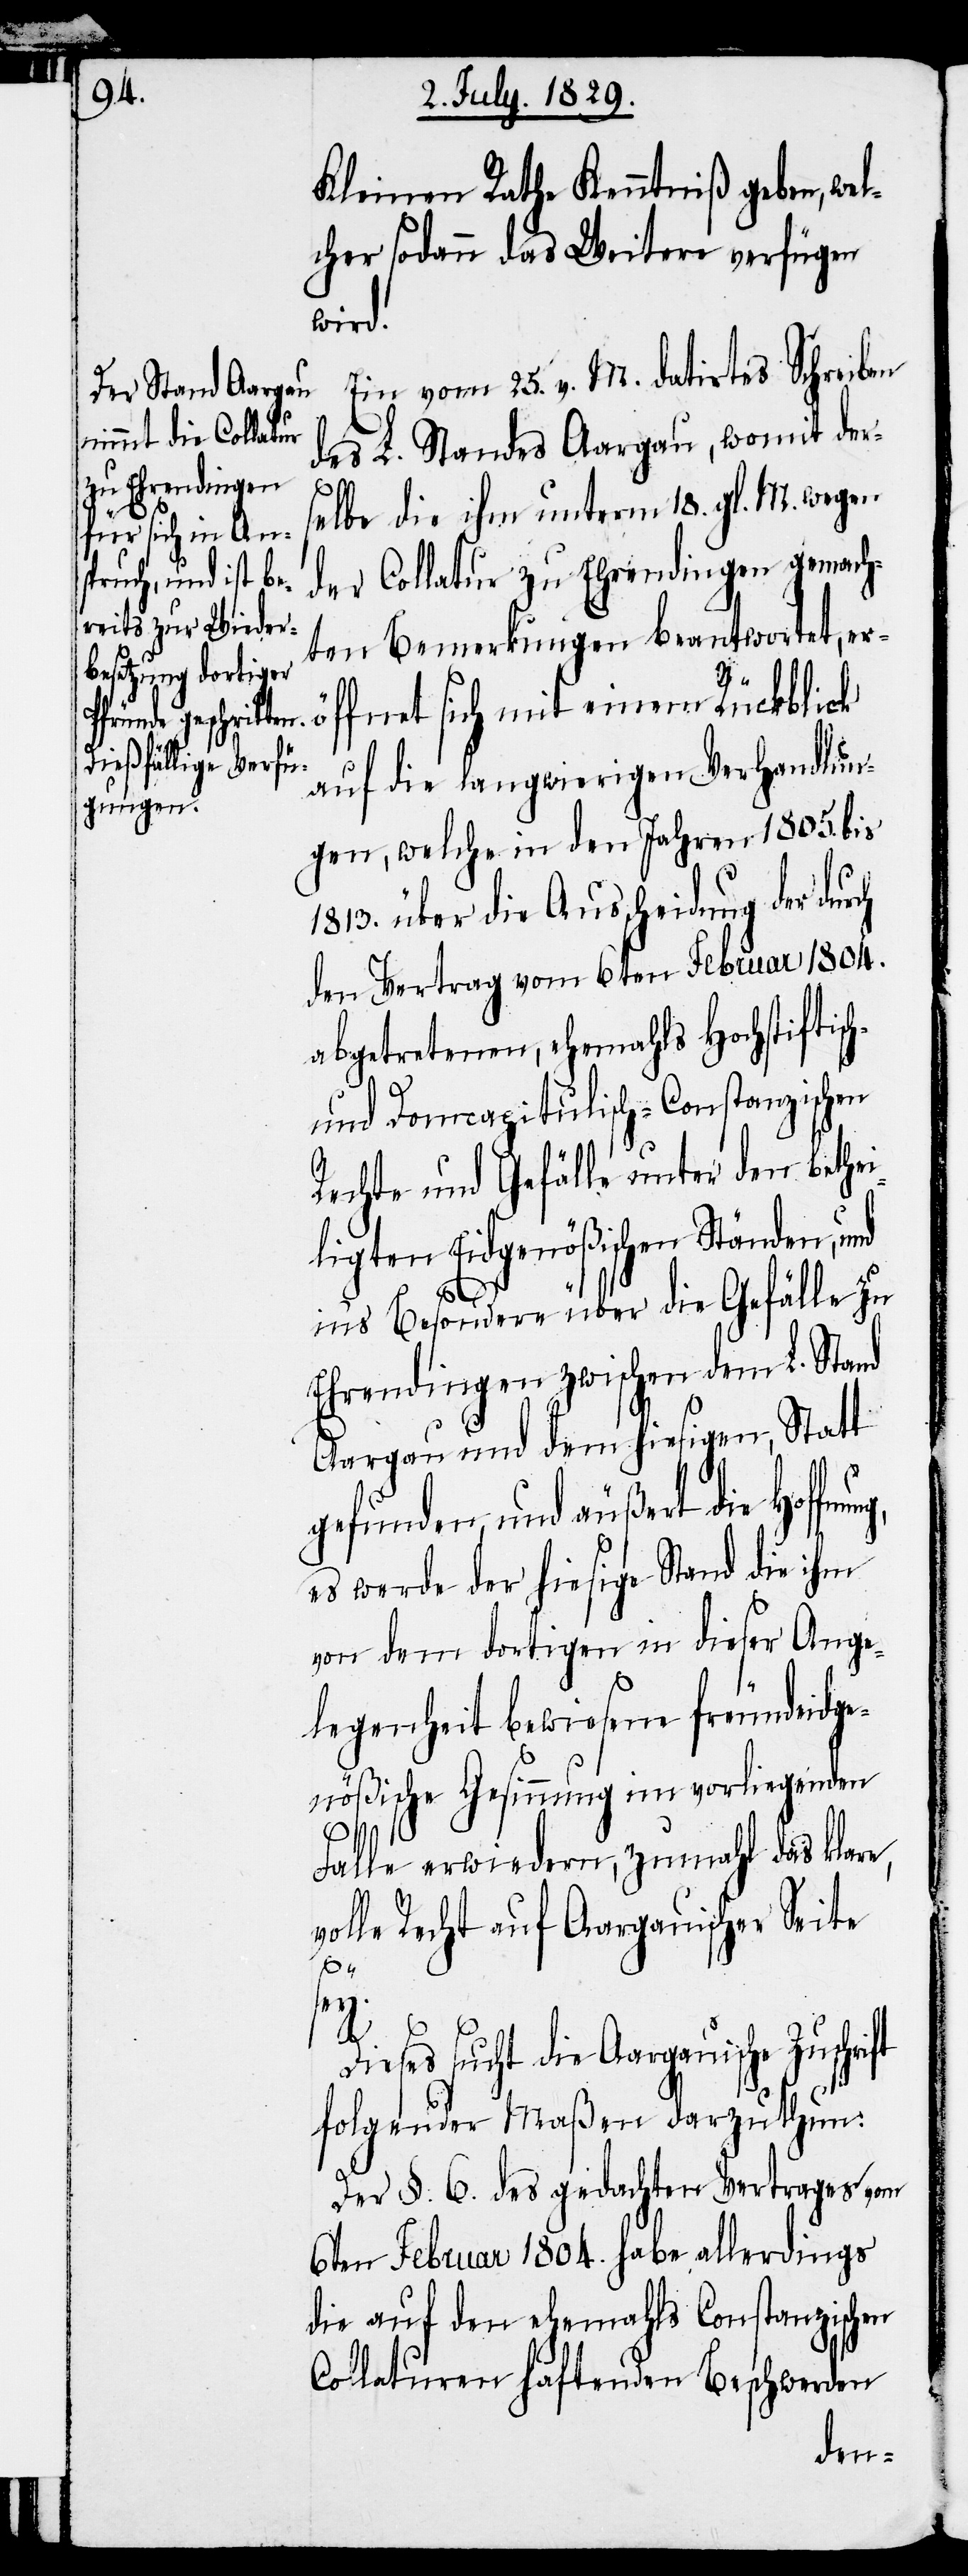
Kleinen Rathe Kenntniß geben, wel¬
cher sodann das Weitere verfügen
wird.
Ein vom 25. v. M. datirtes Schreiben
des L. Standes Aargau, womit der¬
selbe die ihm unterm 18. gl. M. wegen
der Collatur zu Ehrendingen gemach¬
ten Bemerkungen beantwortet, er¬
h-
ffnet sich mit einem Rückblick
auf die langwierigen Verhandlun¬
gen, welche in den Jahren 1805. bis
1813. über die Ausscheidung der dur¬
den Vertrag vom 6ten Februar 1804.
abgetretenen, ehemahls Hochstiftisc¬
und Domcapitulisch-Constanzischen
Rechte und Gefälle unter den bethei¬
ligten Eidgenößischen Ständen, und
Di¬
in’s Besondere über die Gefälle zu
Ehrendingen zwischen dem L. Stand
Aargau und dem hiesigen, Statt
gefunden, und äußert die Hoffn¬
es werde der hiesige Stand die ihm
von dem dortigen in dieser Ange¬
legenheit bewiesene freundeidge¬
nößische Gesinnung im vorliegenden
Falle erwiedern, zumahl das klare,
volle Recht auf Aargauischer Seite
sey.
eses sucht die Aargauische
folgender Maßen darzuthun:
Der §. 6. des gedachten Vertrages vom
6ten Februar 1804. habe allerdings
die auf den ehemahls Constanzischen
Collaturen haftenden Beschwerden